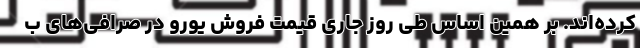
کرده‌اند. بر همین‌ اساس طی روز جاری قیمت فروش یورو در صرافی‌های ب